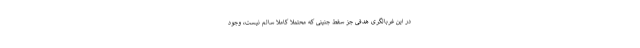
در این غربالگری هدفی جز سقط جنینی که محتملا کاملا سالم نیست، وجود